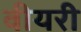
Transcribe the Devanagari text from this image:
वीयरी